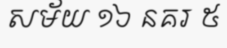
សម័យ ១៦ នគរ ៥